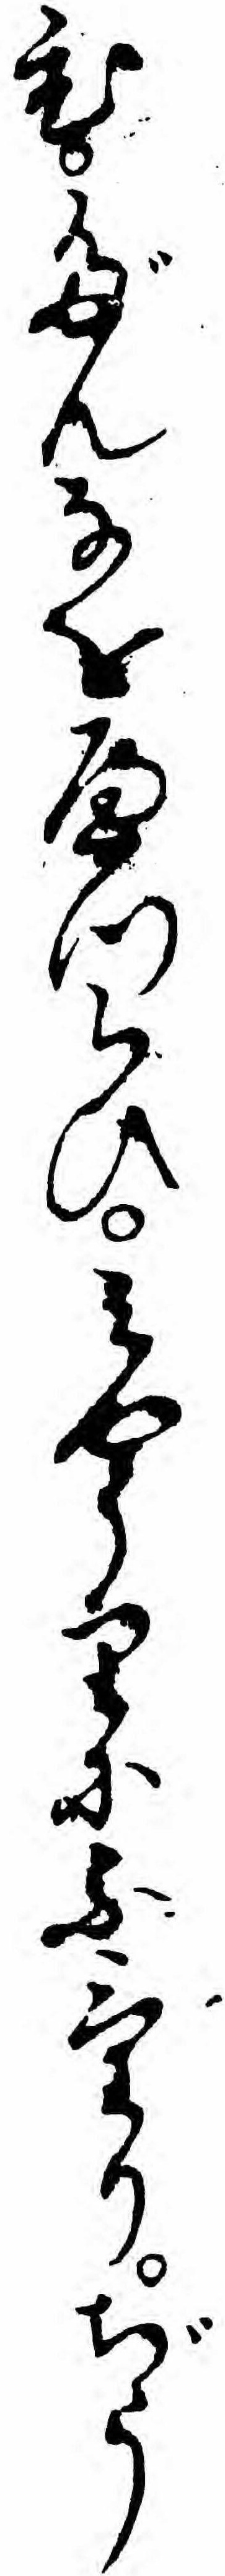
ひだんなをへつらひミやうりにふけりぢう